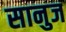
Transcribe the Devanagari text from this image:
सानुज